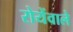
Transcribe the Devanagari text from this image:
रोयेंवाले